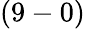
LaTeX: (9-0)